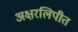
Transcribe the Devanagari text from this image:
अक्षरलिपीत